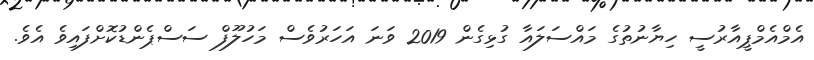
އެމްއެމްޕީއާރުސީ ހިޔާނުތުގެ މައްސަލައާ ގުޅިގެން 2019 ވަނަ އަހަރުވެސް މަހުލޫފް ސަސްޕެންޑުކޮށްފައިވެ އެވެ.